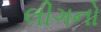
લીગનો